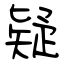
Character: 疑